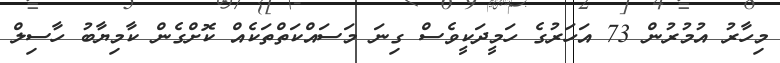
މިހާރު އުމުރުން 73 އަހަރުގެ ހަމީދަކީވެސް ގިނަ މަސައްކަތްތަކެއް ކޮށްގެން ކާމިޔާބު ހާސިލް